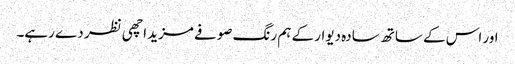
اور اس کے ساتھ سادہ دیوار کے ہم رنگ صوفے مزید اچھی نظر دے رہے۔